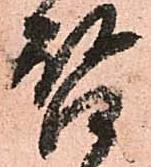
啓